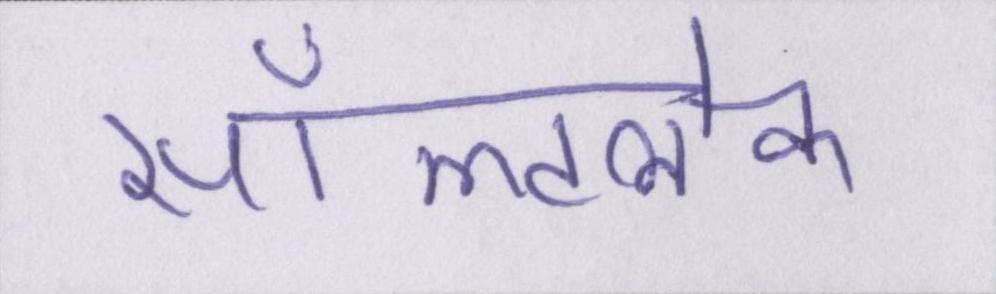
सॉल्टलेक